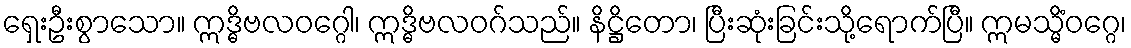
ရှေးဦးစွာသော။ ဣဒ္ဓိဗလဝဂ္ဂေါ၊ ဣဒ္ဓိဗလဝဂ်သည်။ နိဋ္ဌိတော၊ ပြီးဆုံးခြင်းသို့ရောက်ပြီ။ ဣမသ္မိံဝဂ္ဂေ၊